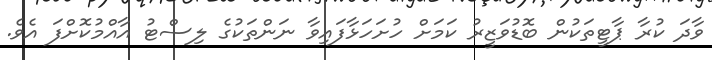
ވާދަ ކުރާ ޕާޓީތަކުން ބޮޑުވަޒީރު ކަމަށް ހުށަހަޅާފައިވާ ނަންތަކުގެ ލިސްޓު އާއްމުކޮށްފަ އެވެ.